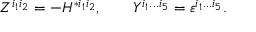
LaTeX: Z ^ { i _ { 1 } i _ { 2 } } = - H ^ { * i _ { 1 } i _ { 2 } } , \qquad Y ^ { i _ { 1 } . . . i _ { 5 } } = \varepsilon ^ { i _ { 1 } . . . i _ { 5 } } .